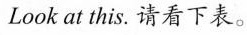
Look at this. 请看下表.